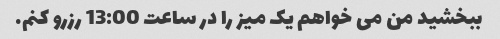
ببخشید من می خواهم یک میز را در ساعت 13:00 رزرو کنم.